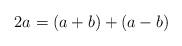
LaTeX: \begin{align*}2a = (a + b) + (a - b)\end{align*}